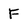
Character: F